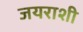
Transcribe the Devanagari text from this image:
जयराशी